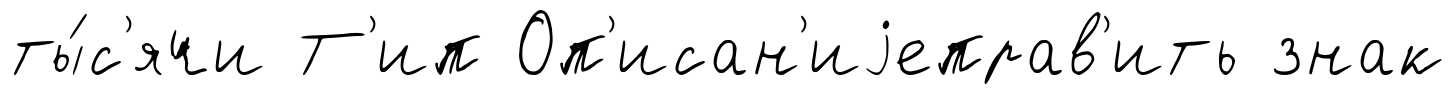
ты́с'ячи Т'ип Оп'исан'иjеправ'ить знак